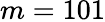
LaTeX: m=101